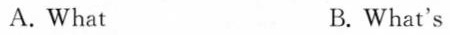
A.What B.What's